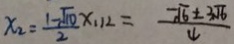
x _ { 2 } = \frac { 1 - \sqrt { 1 0 } } { 2 } x _ { 1 1 2 } = \frac { - \sqrt { 6 } \pm 3 \sqrt { 6 } } { 4 }